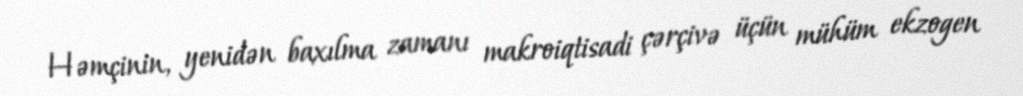
Həmçinin, yenidən baxılma zamanı makroiqtisadi çərçivə üçün mühüm ekzogen